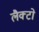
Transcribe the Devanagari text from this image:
लैक्टो